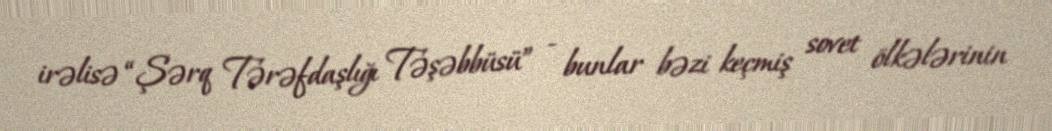
irəlisə “Şərq Tərəfdaşlığı Təşəbbüsü” - bunlar bəzi keçmiş sovet ölkələrinin